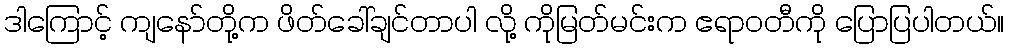
ဒါကြောင့် ကျနော်တို့က ဖိတ်ခေါ်ချင်တာပါ လို့ ကိုမြတ်မင်းက ဧရာဝတီကို ပြောပြပါတယ်။